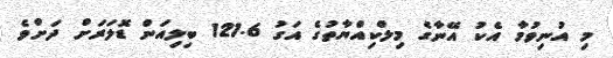
މި އުނިވުމާ އެކު އޭނާގެ މިލްކިއްޔާތުގެ އަގު 121.6 ބިލިއަން ޑޮލަރަށް ދަށްވެ